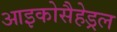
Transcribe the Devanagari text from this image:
आइकोसैहेड्रल